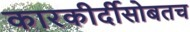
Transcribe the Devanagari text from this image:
कारकीर्दीसोबतच